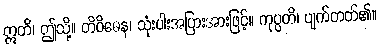
ဣတိ၊ ဤသို့။ တိဝိဓေန၊ သုံးပါးအပြားအားဖြင့်။ ကုပ္ပတိ၊ ပျက်တတ်၏။